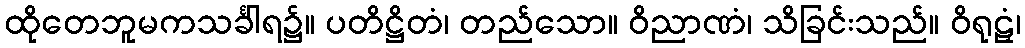
ထိုတေဘူမကသင်္ခါရ၌။ ပတိဋ္ဌိတံ၊ တည်သော။ ဝိညာဏံ၊ သိခြင်းသည်။ ဝိရုဠှံ၊